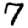
Digit: 7